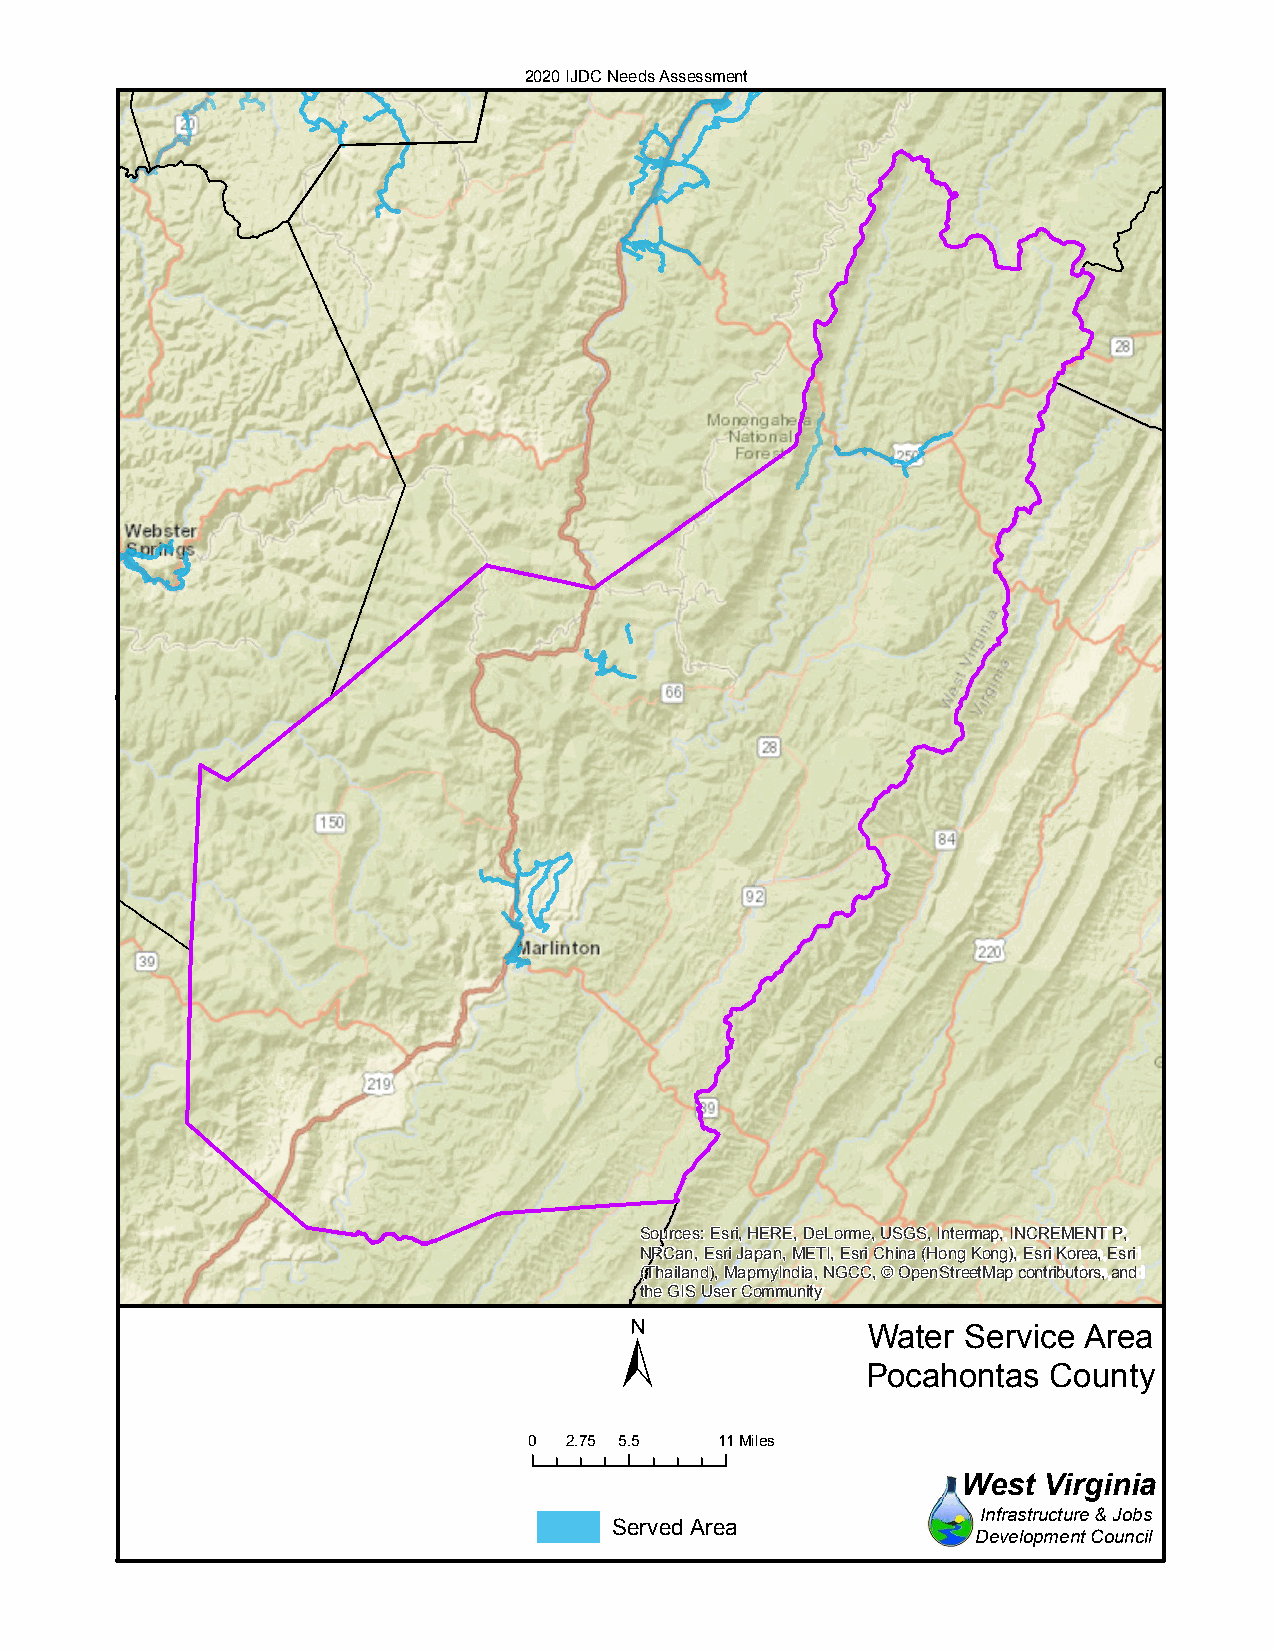
2020 IJDC Needs Assessment
 Sources: Esri, HERE, DeLorme, USGS, Intermap, INCREMENT P,
 NRCan, Esri Japan, METI, Esri China (Hong Kong), Esri Korea, Esri
 (Thailand), MapmyIndia, NGCC, © OpenStreetMap contributors, and
 the GIS User Community
 ±
 Water  Service Area
 Pocahontas   County
 0 2.75 5.5   11Miles
 West Virginia
 Infrastructure & Jobs
 Served Area
 Development Council